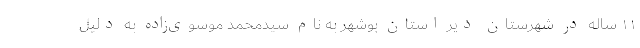
۱۱ ساله در شهرستان دیّر استان بوشهر به نام سیدمحمد موسوی‌زاده به دلیل